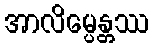
အာလိမ္ပေန္တဿ